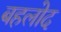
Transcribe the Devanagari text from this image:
बहलोद